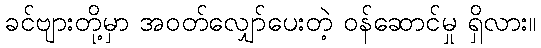
ခင်ဗျားတို့မှာ အဝတ်လျှော်ပေးတဲ့ ဝန်ဆောင်မှု ရှိလား။